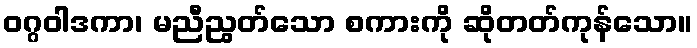
ဝဂ္ဂဝါဒကာ၊ မညီညွတ်သော စကားကို ဆိုတတ်ကုန်သော။